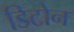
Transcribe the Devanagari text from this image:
डिटोन